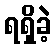
ရရှိခဲ့